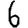
Digit: 6